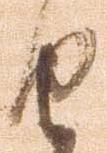
由